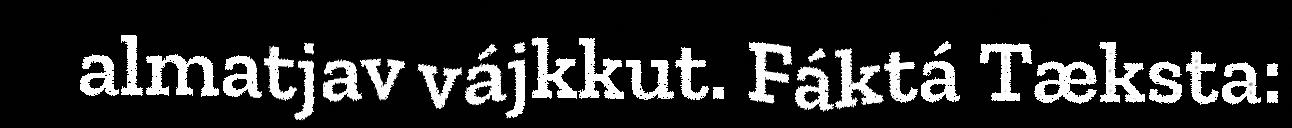
almatjav vájkkut. Fáktá Tæksta: